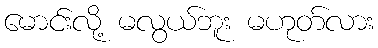
မောင်းလို့ မလွယ်ဘူး မဟုတ်လား